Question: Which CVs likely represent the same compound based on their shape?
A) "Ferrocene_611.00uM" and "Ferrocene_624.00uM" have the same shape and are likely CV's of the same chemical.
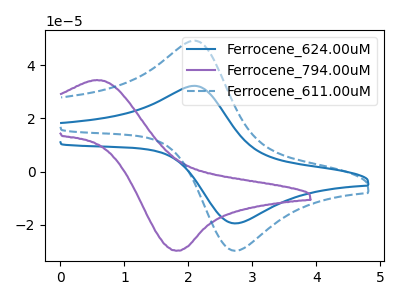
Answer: <think>The blue curve "Ferrocene_624.00uM" has an anodic peak at (2.10V, 32.30uA) and a cathodic peak at (2.75V, -19.55uA). The purple curve "Ferrocene_794.00uM" has an anodic peak at (0.55V, 34.50uA) and a cathodic peak at (1.80V, -29.85uA). The blue dashed curve "Ferrocene_611.00uM" has an anodic peak at (2.10V, 49.35uA) and a cathodic peak at (2.75V, -29.85uA).
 "Ferrocene_624.00uM" and "Ferrocene_794.00uM" have at least one peak that do not match. All the peaks in "Ferrocene_624.00uM" have a peak in "Ferrocene_611.00uM" at the same potential. Every peak in "Ferrocene_624.00uM" is lower than every peak in "Ferrocene_611.00uM". "Ferrocene_794.00uM" and "Ferrocene_611.00uM" have at least one peak that do not match.</think>
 <answer>A) "Ferrocene_611.00uM" and "Ferrocene_624.00uM" have the same shape and are likely CV's of the same chemical.</answer>
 <eval>A</eval>